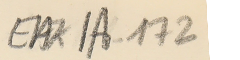
EAK1A-172